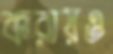
করায়ও